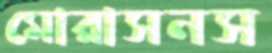
মোরাসনস